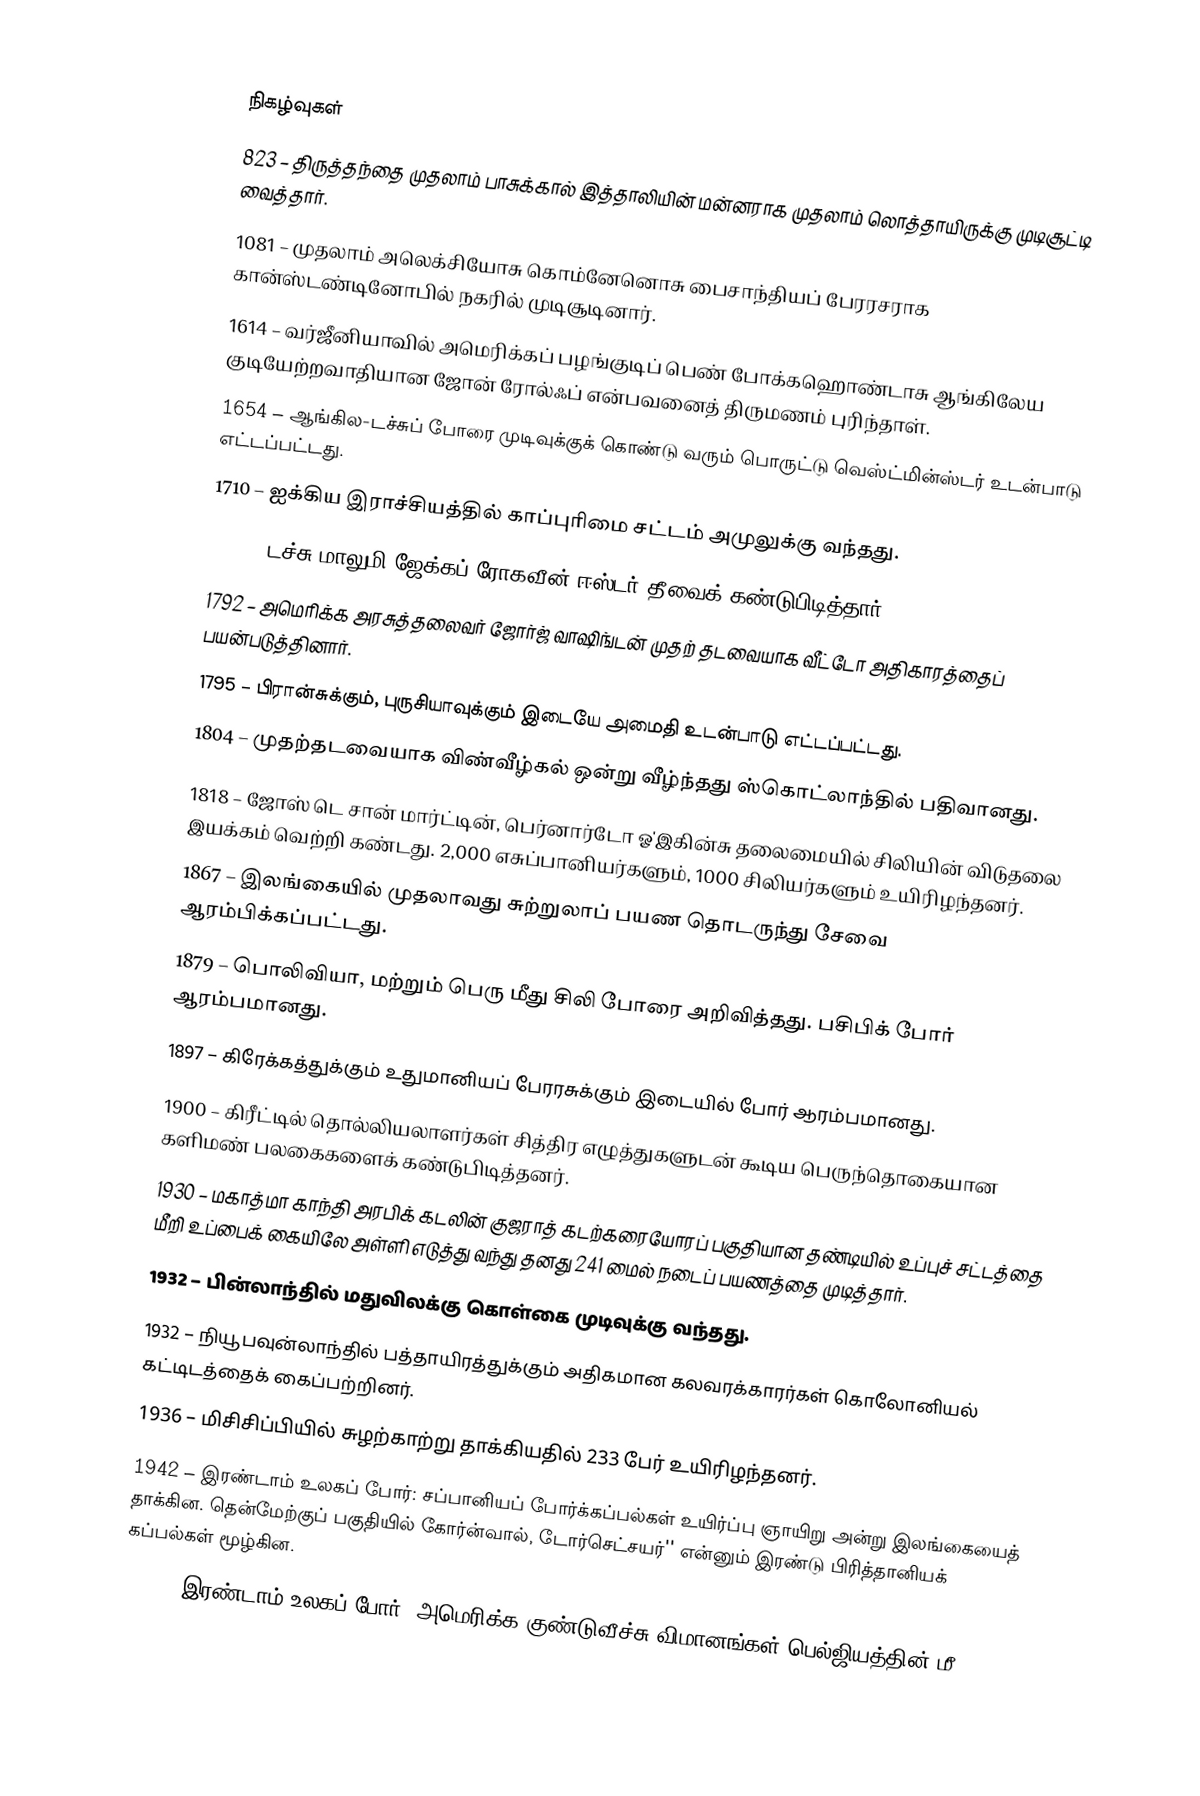

நிகழ்வுகள்
823 – திருத்தந்தை முதலாம் பாசுக்கால் இத்தாலியின் மன்னராக முதலாம் லொத்தாயிருக்கு முடிசூட்டி வைத்தார்.
1081 – முதலாம் அலெக்சியோசு கொம்னேனொசு பைசாந்தியப் பேரரசராக கான்ஸ்டண்டினோபில் நகரில் முடிசூடினார்.
1614 – வர்ஜீனியாவில் அமெரிக்கப் பழங்குடிப் பெண் போக்கஹொண்டாசு ஆங்கிலேய குடியேற்றவாதியான ஜோன் ரோல்ஃப் என்பவனைத் திருமணம் புரிந்தாள்.
1654 – ஆங்கில-டச்சுப் போரை முடிவுக்குக் கொண்டு வரும் பொருட்டு வெஸ்ட்மின்ஸ்டர் உடன்பாடு எட்டப்பட்டது.
1710 – ஐக்கிய இராச்சியத்தில் காப்புரிமை சட்டம் அமுலுக்கு வந்தது.
1722 – டச்சு மாலுமி ஜேக்கப் ரோகவீன் ஈஸ்டர் தீவைக் கண்டுபிடித்தார்.
1792 – அமெரிக்க அரசுத்தலைவர் ஜோர்ஜ் வாஷிங்டன் முதற் தடவையாக வீட்டோ அதிகாரத்தைப் பயன்படுத்தினார்.
1795 – பிரான்சுக்கும், புருசியாவுக்கும் இடையே அமைதி உடன்பாடு எட்டப்பட்டது.
1804 – முதற்தடவையாக விண்வீழ்கல் ஒன்று வீழ்ந்தது ஸ்கொட்லாந்தில் பதிவானது.
1818 – ஜோஸ் டெ சான் மார்ட்டின், பெர்னார்டோ ஓ'இகின்சு தலைமையில் சிலியின் விடுதலை இயக்கம் வெற்றி கண்டது. 2,000 எசுப்பானியர்களும், 1000 சிலியர்களும் உயிரிழந்தனர்.
1867 – இலங்கையில் முதலாவது சுற்றுலாப் பயண தொடருந்து சேவை ஆரம்பிக்கப்பட்டது.
1879 – பொலிவியா, மற்றும் பெரு மீது சிலி போரை அறிவித்தது. பசிபிக் போர் ஆரம்பமானது.
1897 – கிரேக்கத்துக்கும் உதுமானியப் பேரரசுக்கும் இடையில் போர் ஆரம்பமானது.
1900 – கிரீட்டில் தொல்லியலாளர்கள் சித்திர எழுத்துகளுடன் கூடிய பெருந்தொகையான களிமண் பலகைகளைக் கண்டுபிடித்தனர்.
1930 – மகாத்மா காந்தி அரபிக் கடலின் குஜராத் கடற்கரையோரப் பகுதியான தண்டியில் உப்புச் சட்டத்தை மீறி உப்பைக் கையிலே அள்ளி எடுத்து வந்து தனது 241 மைல் நடைப் பயணத்தை முடித்தார்.
1932 – பின்லாந்தில் மதுவிலக்கு கொள்கை முடிவுக்கு வந்தது.
1932 – நியூபவுன்லாந்தில் பத்தாயிரத்துக்கும் அதிகமான கலவரக்காரர்கள் கொலோனியல் கட்டிடத்தைக் கைப்பற்றினர்.
1936 – மிசிசிப்பியில் சுழற்காற்று தாக்கியதில் 233 பேர் உயிரிழந்தனர்.
1942 – இரண்டாம் உலகப் போர்: சப்பானியப் போர்க்கப்பல்கள் உயிர்ப்பு ஞாயிறு அன்று இலங்கையைத் தாக்கின. தென்மேற்குப் பகுதியில் கோர்ன்வால், டோர்செட்சயர்'' என்னும் இரண்டு பிரித்தானியக் கப்பல்கள் மூழ்கின.
1943 – இரண்டாம் உலகப் போர்: அமெரிக்க குண்டுவீச்சு விமானங்கள் பெல்ஜியத்தின் மீ